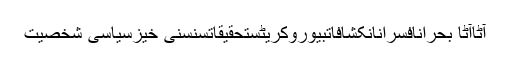
آٹاآٹا بحرانافسرانانکشافاتبیوروکریٹستحقیقاتسنسنی خیزسیاسی شخصیت